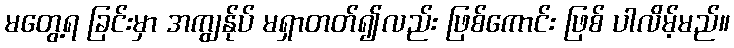
မတွေ့ရ ခြင်းမှာ အကျွန်ုပ် မရှာတတ်၍လည်း ဖြစ်ကောင်း ဖြစ် ပါလိမ့်မည်။